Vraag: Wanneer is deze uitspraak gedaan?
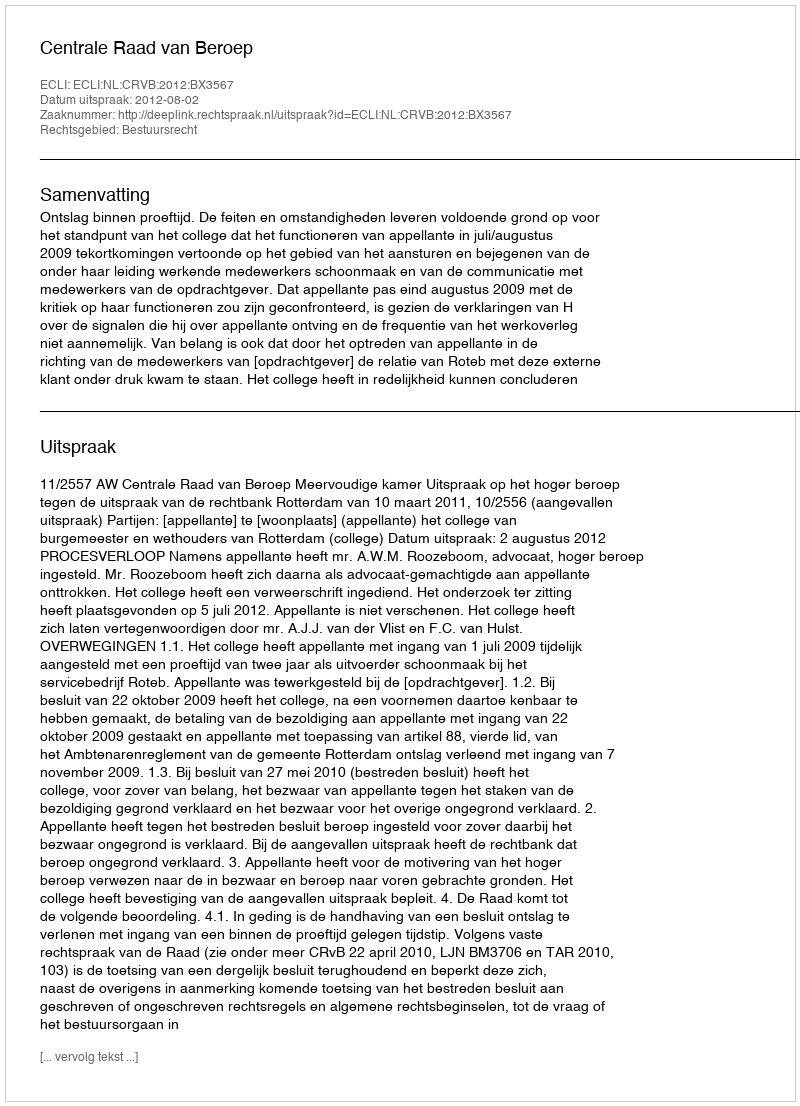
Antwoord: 2012-08-02